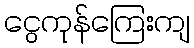
ငွေကုန်ကြေးကျ